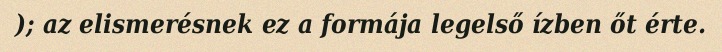
); az elismerésnek ez a formája legelső ízben őt érte.